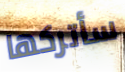
سأتركها